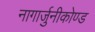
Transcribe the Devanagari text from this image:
नागार्जुनीकोण्ड